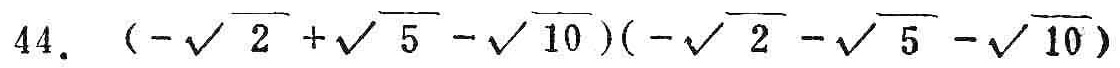
44. \((-\sqrt{2}+\sqrt{5}-\sqrt{10})(-\sqrt{2}-\sqrt{5}-\sqrt{10})\)